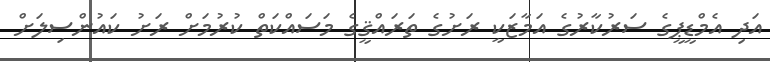
އަދި އެމްޑީޕީގެ ސަރުކާރުގެ އަމާޒަކީ ރަށުގެ ތަރައްޤީގެ މަސައްކަތް ކުރުމަށް ރަށު ކައުންސިލަށް